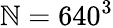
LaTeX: \mathbb{N}=640^{3}